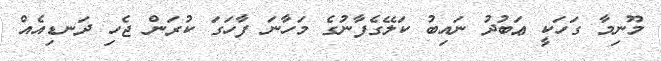
މޫނިމާ ގަހަކީ ޢަބުދު ނައިބު ކަލޭގެފާނުގެ މަހާނަ ފާހަގަ ކުރަން ޖެހި ދަނޑިއެއް